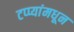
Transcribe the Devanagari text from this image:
टप्प्यांमधून